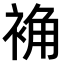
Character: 𫋽